Vaccination North-Western Provinces and Oudh 1878-1895 - 1878-1895
Year: 1878
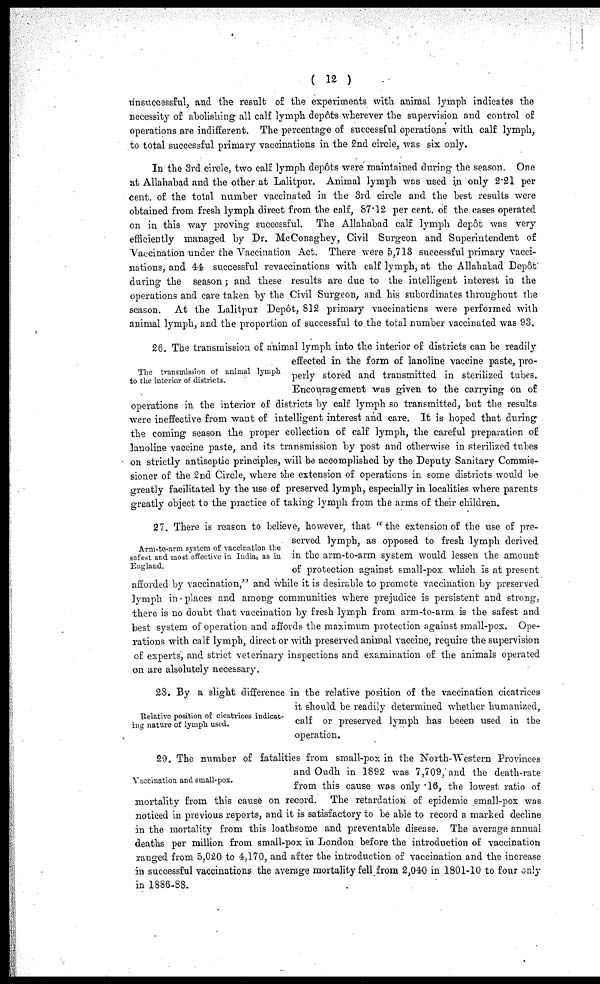
( 12 )
unsuccessful, and the result of the experiments with animal lymph indicates the
necessity of abolishing all calf lymph depôts wherever the supervision and control of
operations are indifferent. The percentage of successful operations with calf lymph,
to total successful primary vaccinations in the 2nd circle, was six only.
In the 3rd circle, two calf lymph depôts were maintained during the season. One
at Allahabad and the other at Lalitpur. Animal lymph was used in only 2.21 per
cent. of the total number vaccinated in the 3rd circle and the best results were
obtained from fresh lymph direct from the calf, 87.12 per cent. of the cases operated
on in this way proving successful. The Allahabad calf lymph depôt was very
efficiently managed by Dr. McConaghey, Civil Surgeon and Superintendent of
Vaccination under the Vaccination Act. There were 5,713 successful primary vacci-
nations, and 44 successful revaccinations with calf lymph, at the Allahabad Depôt
during the season; and these results are due to the intelligent interest in the
operations and care taken by the Civil Surgeon, and his subordinates throughout the
season. At the Lalitpur Depôt, 812 primary vaccinations were performed with
animal lymph, and the proportion of successful to the total number vaccinated was 93.
The transmission of animal lymph
to the interior of districts.
26. The transmission of animal lymph into the interior of districts can be readily
effected in the form of lanoline vaccine paste, pro-
perly stored and transmitted in sterilized tubes.
Encouragement was given to the carrying on of
operations in the interior of districts by calf lymph so transmitted, but the results
were ineffective from want of intelligent interest and care. It is hoped that during
the coming season the proper collection of calf lymph, the careful preparation of
lanoline vaccine paste, and its transmission by post and otherwise in sterilized tubes
on strictly antiseptic principles, will be accomplished by the Deputy Sanitary Commis-
sioner of the 2nd Circle, where the extension of operations in some districts would be
greatly facilitated by the use of preserved lymph, especially in localities where parents
greatly object to the practice of taking lymph from the arms of their children.
Arm-to-arm system of vaccination the
safest and most effective in India, as in
England.
27. There is reason to believe, however, that "the extension of the use of pre-
served lymph, as opposed to fresh lymph derived
in the arm-to-arm system would lessen the amount
of protection against small-pox which is at present
afforded by vaccination," and while it is desirable to promote vaccination by preserved
lymph in places and among communities where prejudice is persistent and strong,
there is no doubt that vaccination by fresh lymph from arm-to-arm is the safest and
best system of operation and affords the maximum protection against small-pox. Ope-
rations with calf lymph, direct or with preserved animal vaccine, require the supervision
of experts, and strict veterinary inspections and examination of the animals operated
on are alsolutely necessary.
Relative position of cicatrices indicat-
ing nature of lymph used.
28. By a slight difference in the relative position of the vaccination cicatrices
it should be readily determined whether humanized,
calf or preserved lymph has beeen used in the
operation.
Vaccination and small-pox.
29. The number of fatalities from small-pox in the North-Western Provinces
and Oudh in 1892 was 7,709, and the death-rate
from this cause was only .16, the lowest ratio of
mortality from this cause on record. The retardation of epidemic small-pox was
noticed in previous reports, and it is satisfactory to be able to record a marked decline
in the mortality from this loathsome and preventable disease. The average annual
deaths per million from small-pox in London before the introduction of vaccination
ranged from 5,020 to 4,170, and after the introduction of vaccination and the increase
in successful vaccinations the average mortality fell from 2,040 in 1801-10 to four only
in 1886-88.